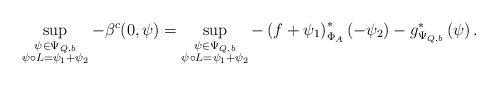
\begin{align*}\sup_{\substack{\psi\in\Psi_{Q,b}\\ \psi\circ L = \psi_1 +\psi_2}} - \beta^c (0,\psi) =\sup_{\substack{\psi\in \Psi_{Q,b}\\ \psi\circ L = \psi_1 +\psi_2}} -\left(f+\psi_1 \right)^{*}_{\Phi_A} \left( -\psi_2\right)-g^{*}_{\Psi_{Q,b}} \left(\psi\right).\end{align*}